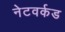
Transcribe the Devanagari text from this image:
नेटवर्कड